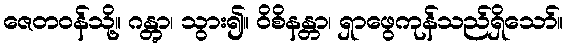
ဇေတဝန်သို့။ ဂန္တွာ၊ သွား၍။ ဝိစိနန္တာ၊ ရှာဖွေကုန်သည်ရှိသော်။